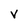
Character: V